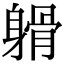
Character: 𨉦